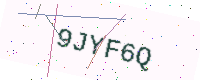
Text: 9JYF6Q